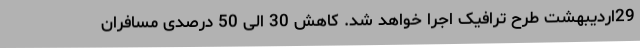
29اردیبهشت طرح ترافیک اجرا خواهد شد. کاهش 30 الی 50 درصدی مسافران